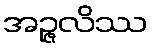
အဉ္ဇလိဿ